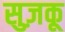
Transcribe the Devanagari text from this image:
सुज़कू